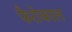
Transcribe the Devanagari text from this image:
फैरोकाल